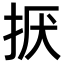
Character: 𢬍